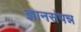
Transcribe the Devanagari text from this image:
ज्ञानसंपन्न